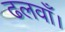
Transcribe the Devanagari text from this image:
ढलवाँ।